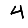
Digit: 4